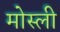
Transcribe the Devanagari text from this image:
मोस्ली